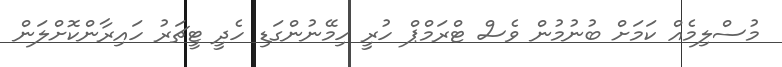
މުސްލިމެއް ކަމަށް ބުނުމުން ވެސް ޓްރަމްޕް ހުރީ ހިމޭނުންގަޑި ހެދީ ޓީޗަރު ހައިރާންކޮށްލަން